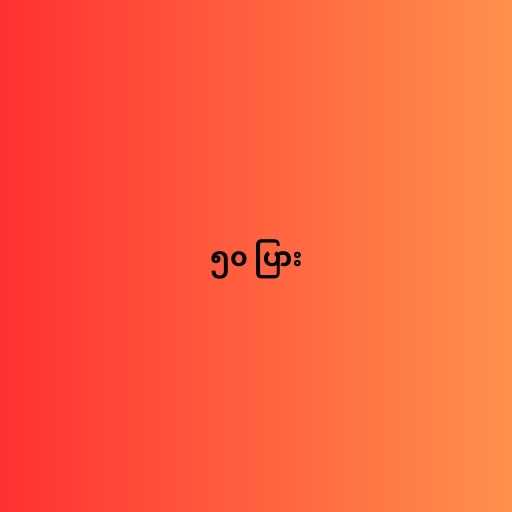
၅၀ ပြား